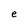
Character: e